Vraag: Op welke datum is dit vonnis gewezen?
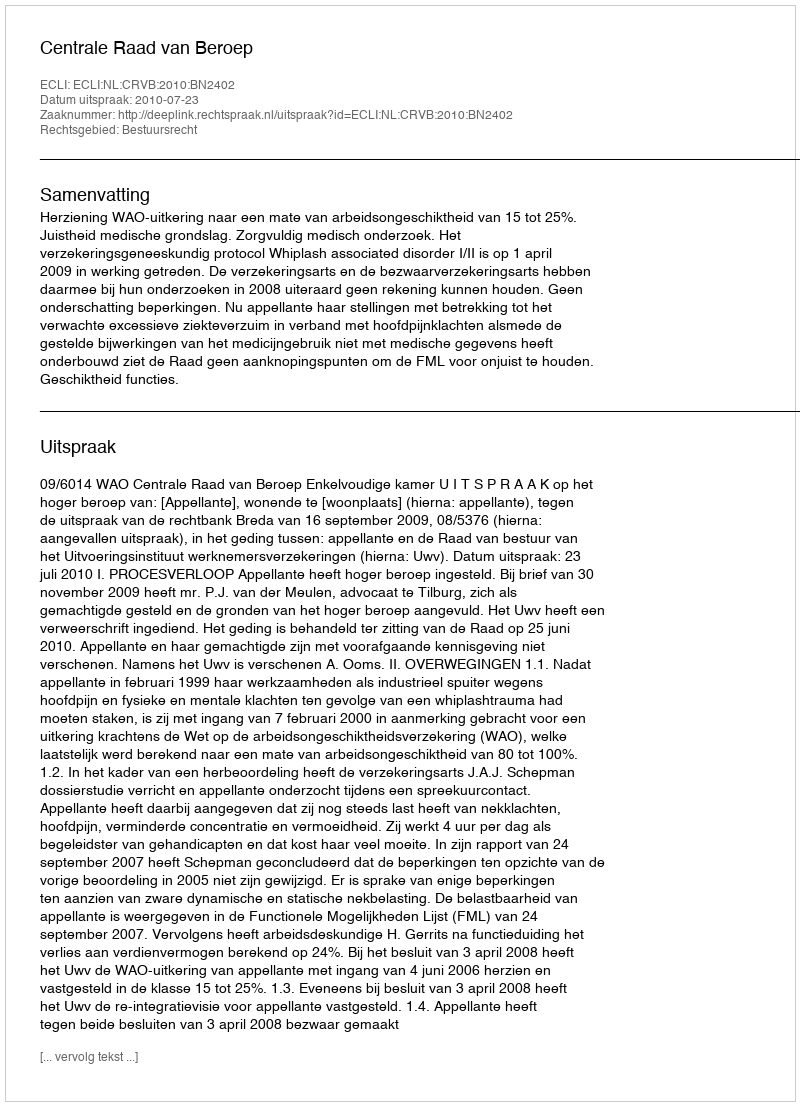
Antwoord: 2010-07-23